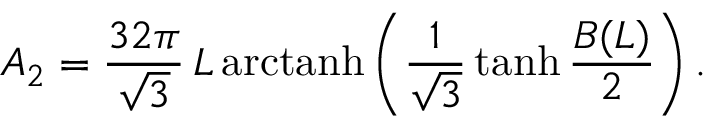
A _ { 2 } = \frac { 3 2 \pi } { \sqrt { 3 } } \, L \, \mathrm { a r c t a n h } \left( \frac { 1 } { \sqrt { 3 } } \operatorname { t a n h } \frac { B ( L ) } { 2 } \right) .